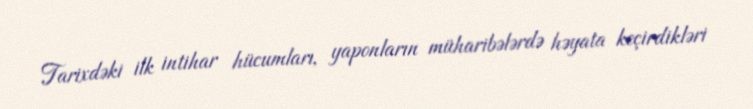
Tarixdəki ilk intihar hücumları, yaponların müharibələrdə həyata keçirdikləri